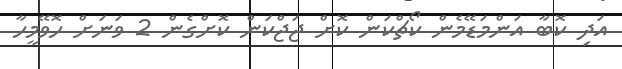
އަދި ކޮބާ އަންމަޑޭމެން ކޯޗްކަން ކޮށް ޖަޖްކަން ކޮށްގެން 2 ވަނަަށް ހޮވޭމީހާ